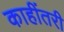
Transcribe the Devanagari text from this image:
काहींतरी